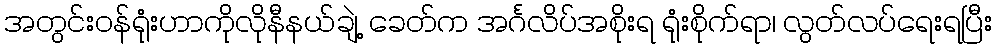
အတွင်းဝန်ရုံးဟာကိုလိုနီနယ်ချဲ့ ခေတ်က အင်္ဂလိပ်အစိုးရ ရုံးစိုက်ရာ၊ လွတ်လပ်ရေးရပြီး